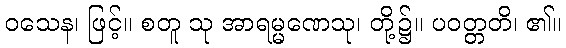
ဝသေန၊ ဖြင့်။ စတူ သု အာရမ္မဏေသု၊ တို့၌။ ပဝတ္တတိ၊ ၏။